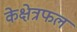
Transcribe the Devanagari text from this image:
केक्षेत्रफल